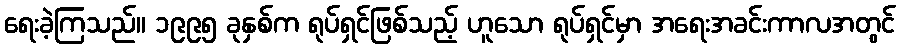
ရေးခဲ့ကြသည်။ ၁၉၉၅ ခုနှစ်က ရုပ်ရှင်ဖြစ်သည့် ဟူသော ရုပ်ရှင်မှာ အရေးအခင်းကာလအတွင်